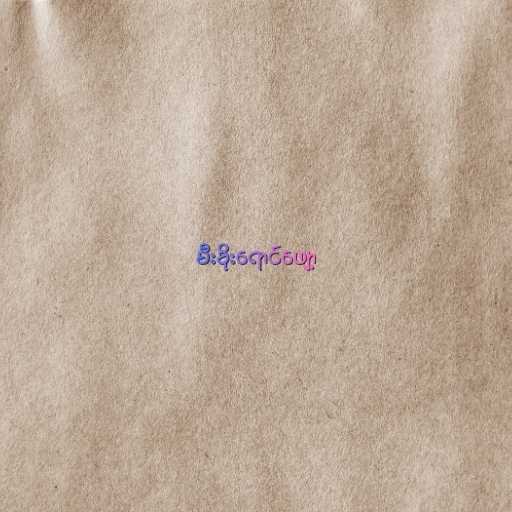
မီးခိုးရောင်ဖျော့